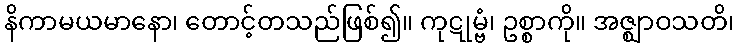
နိကာမယမာနော၊ တောင့်တသည်ဖြစ်၍။ ကုဋုမ္ဗံ၊ ဥစ္စာကို။ အဇ္ဈာဝသတိ၊